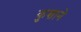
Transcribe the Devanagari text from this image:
कुशाने